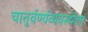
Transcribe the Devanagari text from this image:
चातुर्वर्ण्यव्यवस्थेला